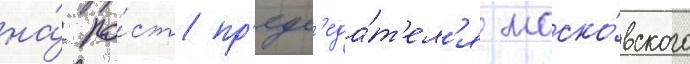
на́ по́ст пр'едс'еда́т'ел'я моско́вского